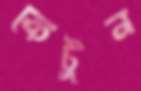
কেটুন